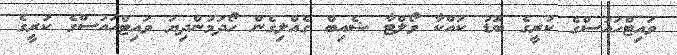
ވައިޓްހައުސްގެ ކުރީގެ ބޮޑު ކައްކާ ވޯލްޓާ ޝެއިބް ގެއްލިގެން ހޯދަމުންދިޔަ ވައިޓްހައުސްގެ ކުރީގެ